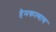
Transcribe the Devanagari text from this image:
हेमकल्याण